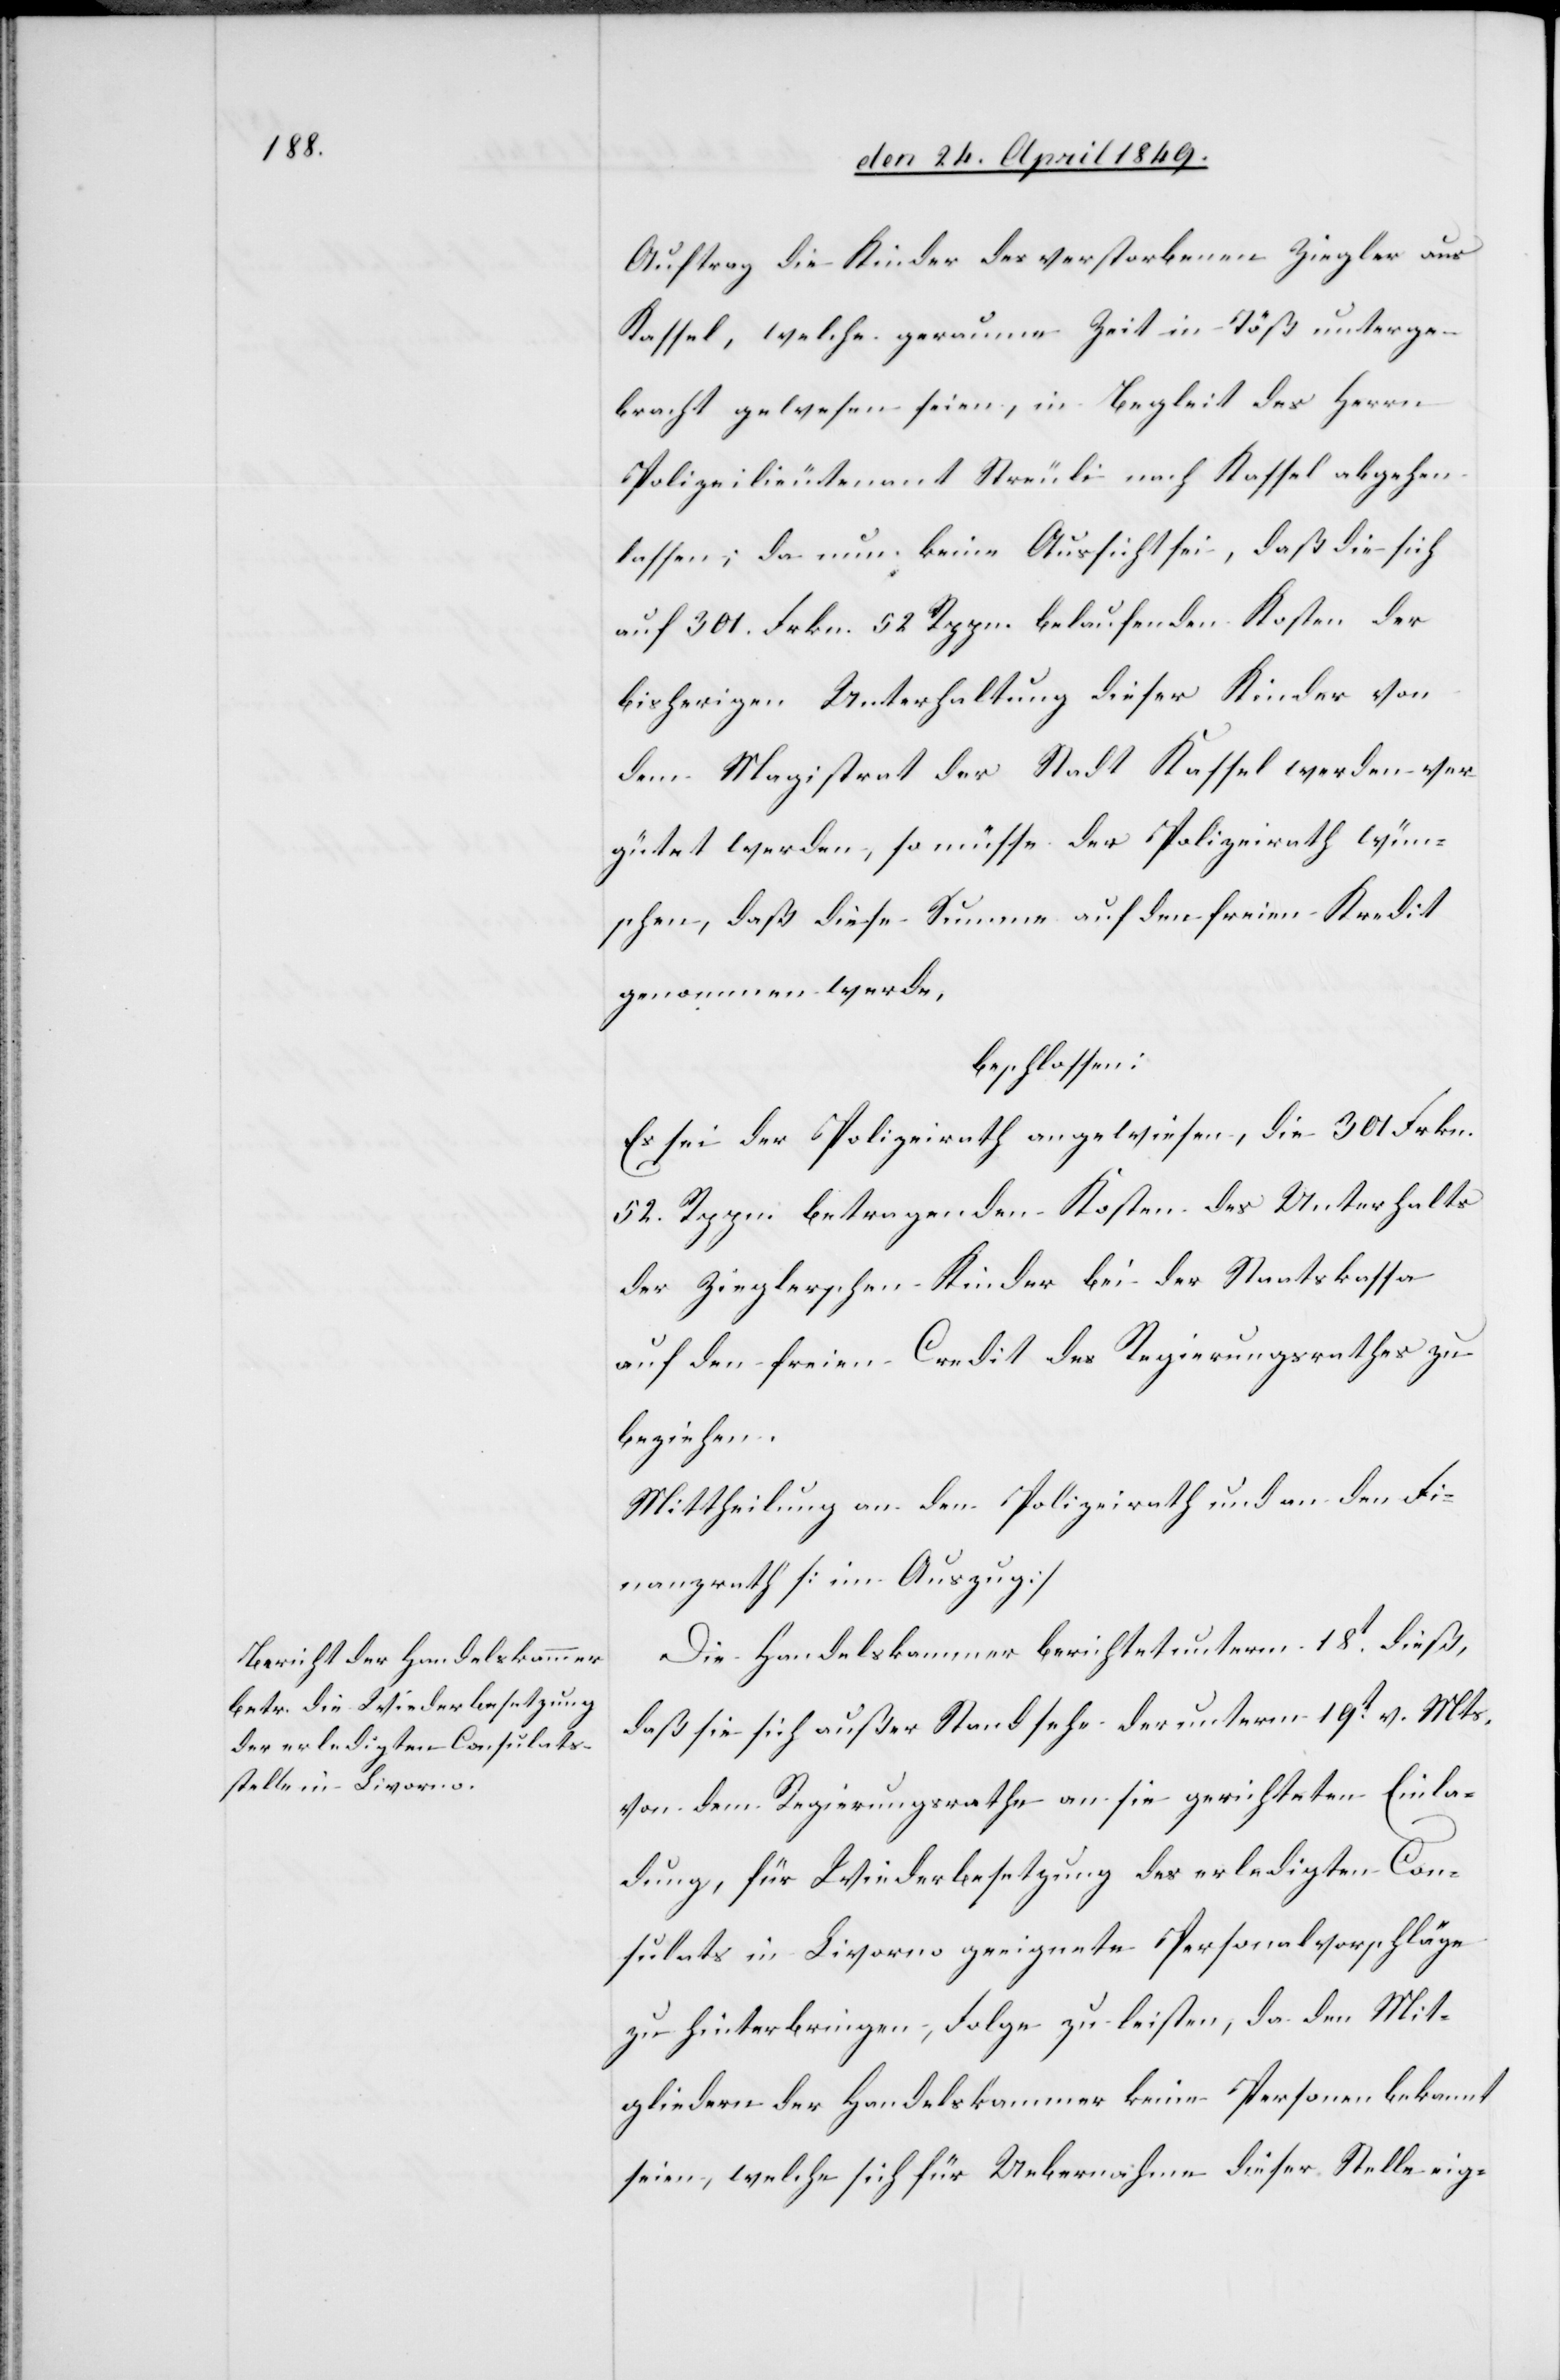
Auftrag die Kinder des verstorbenen Ziegler aus
Kassel, welche geraume Zeit in Töß unterge¬
bracht gewesen seien, in Begleit des Herrn
Polizeilieutenant Streuli nach Kassel abgehen
lassen; da nun keine Aussicht sei, daß die sich
auf 301. Frkn. 52. Rppn. belaufenden Kosten der
bisherigen Unterhaltung dieser Kinder von
dem Magistrat der Stadt Kassel werden ver¬
gütet werden, so müsse der Polizeirath wün¬
schen, daß diese Summe auf den freien Kredit
genommen werde.
beschlossen:
Es sei der Polizeirath angewiesen, die 301. Frkn.
52. Rppn. betragenden Kosten des Unterhalts
der Zieglerschen Kinder bei der Staatskassa
auf den freien Credit des Regierungsrathes zu
beziehen.
Mittheilung an den Polizeirath und an den Fi¬
nanzrath [im Auszug][.]
Die Handelskammer berichtet unterm 18t dieß,
daß sie sich außer Stand sehe der unterm 19t v. Mts.
von dem Regierungsrath an sie gerichteten Einla¬
dung, für Wiederbesetzung des erledigten Con¬
sulats in Livorno geeignete Personalvorschläge
zu hinterbringen, Folge zu leisten, da den Mit¬
gliedern der Handelskammer keine Personen bekannt
seien, welche sich für Uebernahme dieser Stelle eig-